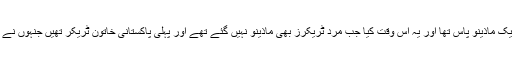
پہلا بڑا ٹریک ماذینو پاس تھا اور یہ اس وقت کیا جب مرد ٹریکرز بھی ماذینو نہیں گئے تھے اور پہلی پاکستانی خاتون ٹریکر تھیں جنہوں نے ماذینو کیا۔